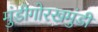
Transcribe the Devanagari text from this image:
मुंडीगोरखमुंडी